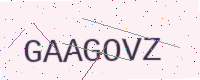
Text: GAAGOVZ